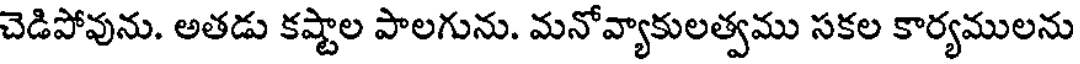
చెడిపోవును. అతడు కష్టాల పాలగును. మనోవ్యాకులత్వము సకల కార్యములను